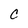
Character: c